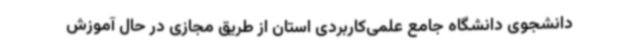
دانشجوی دانشگاه جامع علمی‌کاربردی استان از طریق مجازی در حال آموزش